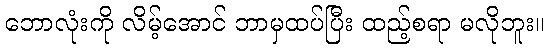
ဘောလုံးကို လိမ့်အောင် ဘာမှထပ်ပြီး ထည့်စရာ မလိုဘူး။